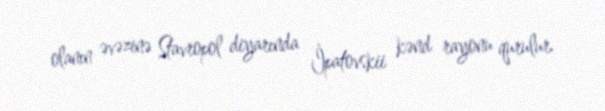
olanın əvəzinə Stavropol diyarında İpatovskii kənd rayonu qurulur.